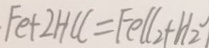
F e + 2 H C C = F e l l _ { 2 } + H _ { 2 }